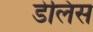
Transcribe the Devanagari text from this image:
डेलिस